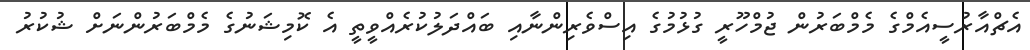
އެޗްއާރުސީއެމްގެ މެމްބަރުން ޖުމްހޫރީ ގުޅުމުގެ އިސްވެރިންނާއި ބައްދަލުކުރެއްވީތީ އެ ކޮމިޝަނުގެ މެމްބަރުންނަށް ޝުކުރު